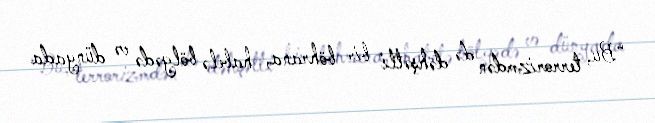
“Bu, terrorizmdən də dəhşətli bir böhrana, habelə bölgədə və dünyada